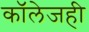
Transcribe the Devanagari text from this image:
काॅलेजही